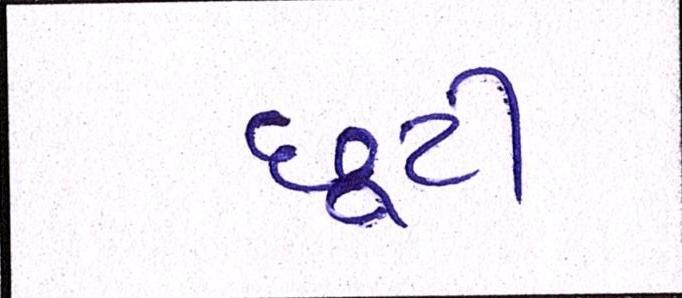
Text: છૂટી